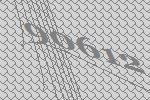
90612